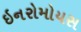
ઇનરોમોયસ